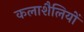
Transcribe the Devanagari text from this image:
कलाशैलियों